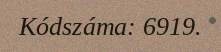
Kódszáma: 6919.